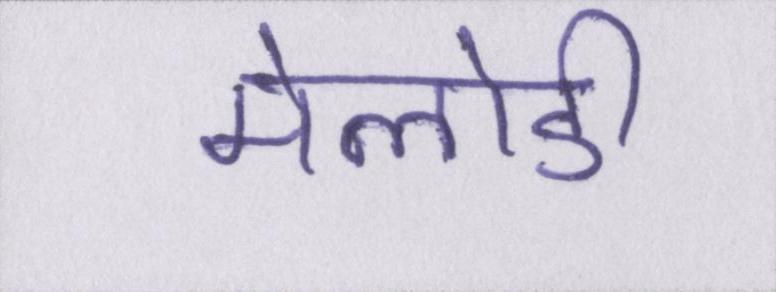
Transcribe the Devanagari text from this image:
मेलोडी